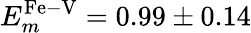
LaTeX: E_{m}^{\mathrm{Fe-V}}=0.99\pm 0.14